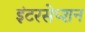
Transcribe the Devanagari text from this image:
इंटरसेप्शन